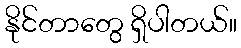
နိုင်တာတွေ ရှိပါတယ်။